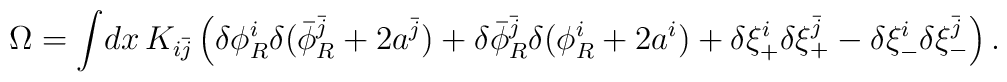
\Omega = \int \! dx\, K_{i\bar j}\left(\delta\phi_R^i\delta(\bar\phi_R^{\bar j}                       +2a^{\bar j})                + \delta\bar\phi_R^{\bar j}\delta(\phi_R^i +2a^i)                     + \delta\xi^i_+              \delta\xi_+^{\bar j} - \delta\xi_-^i\delta\xi^{\bar j}_-                    \right).